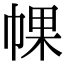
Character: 𢃦